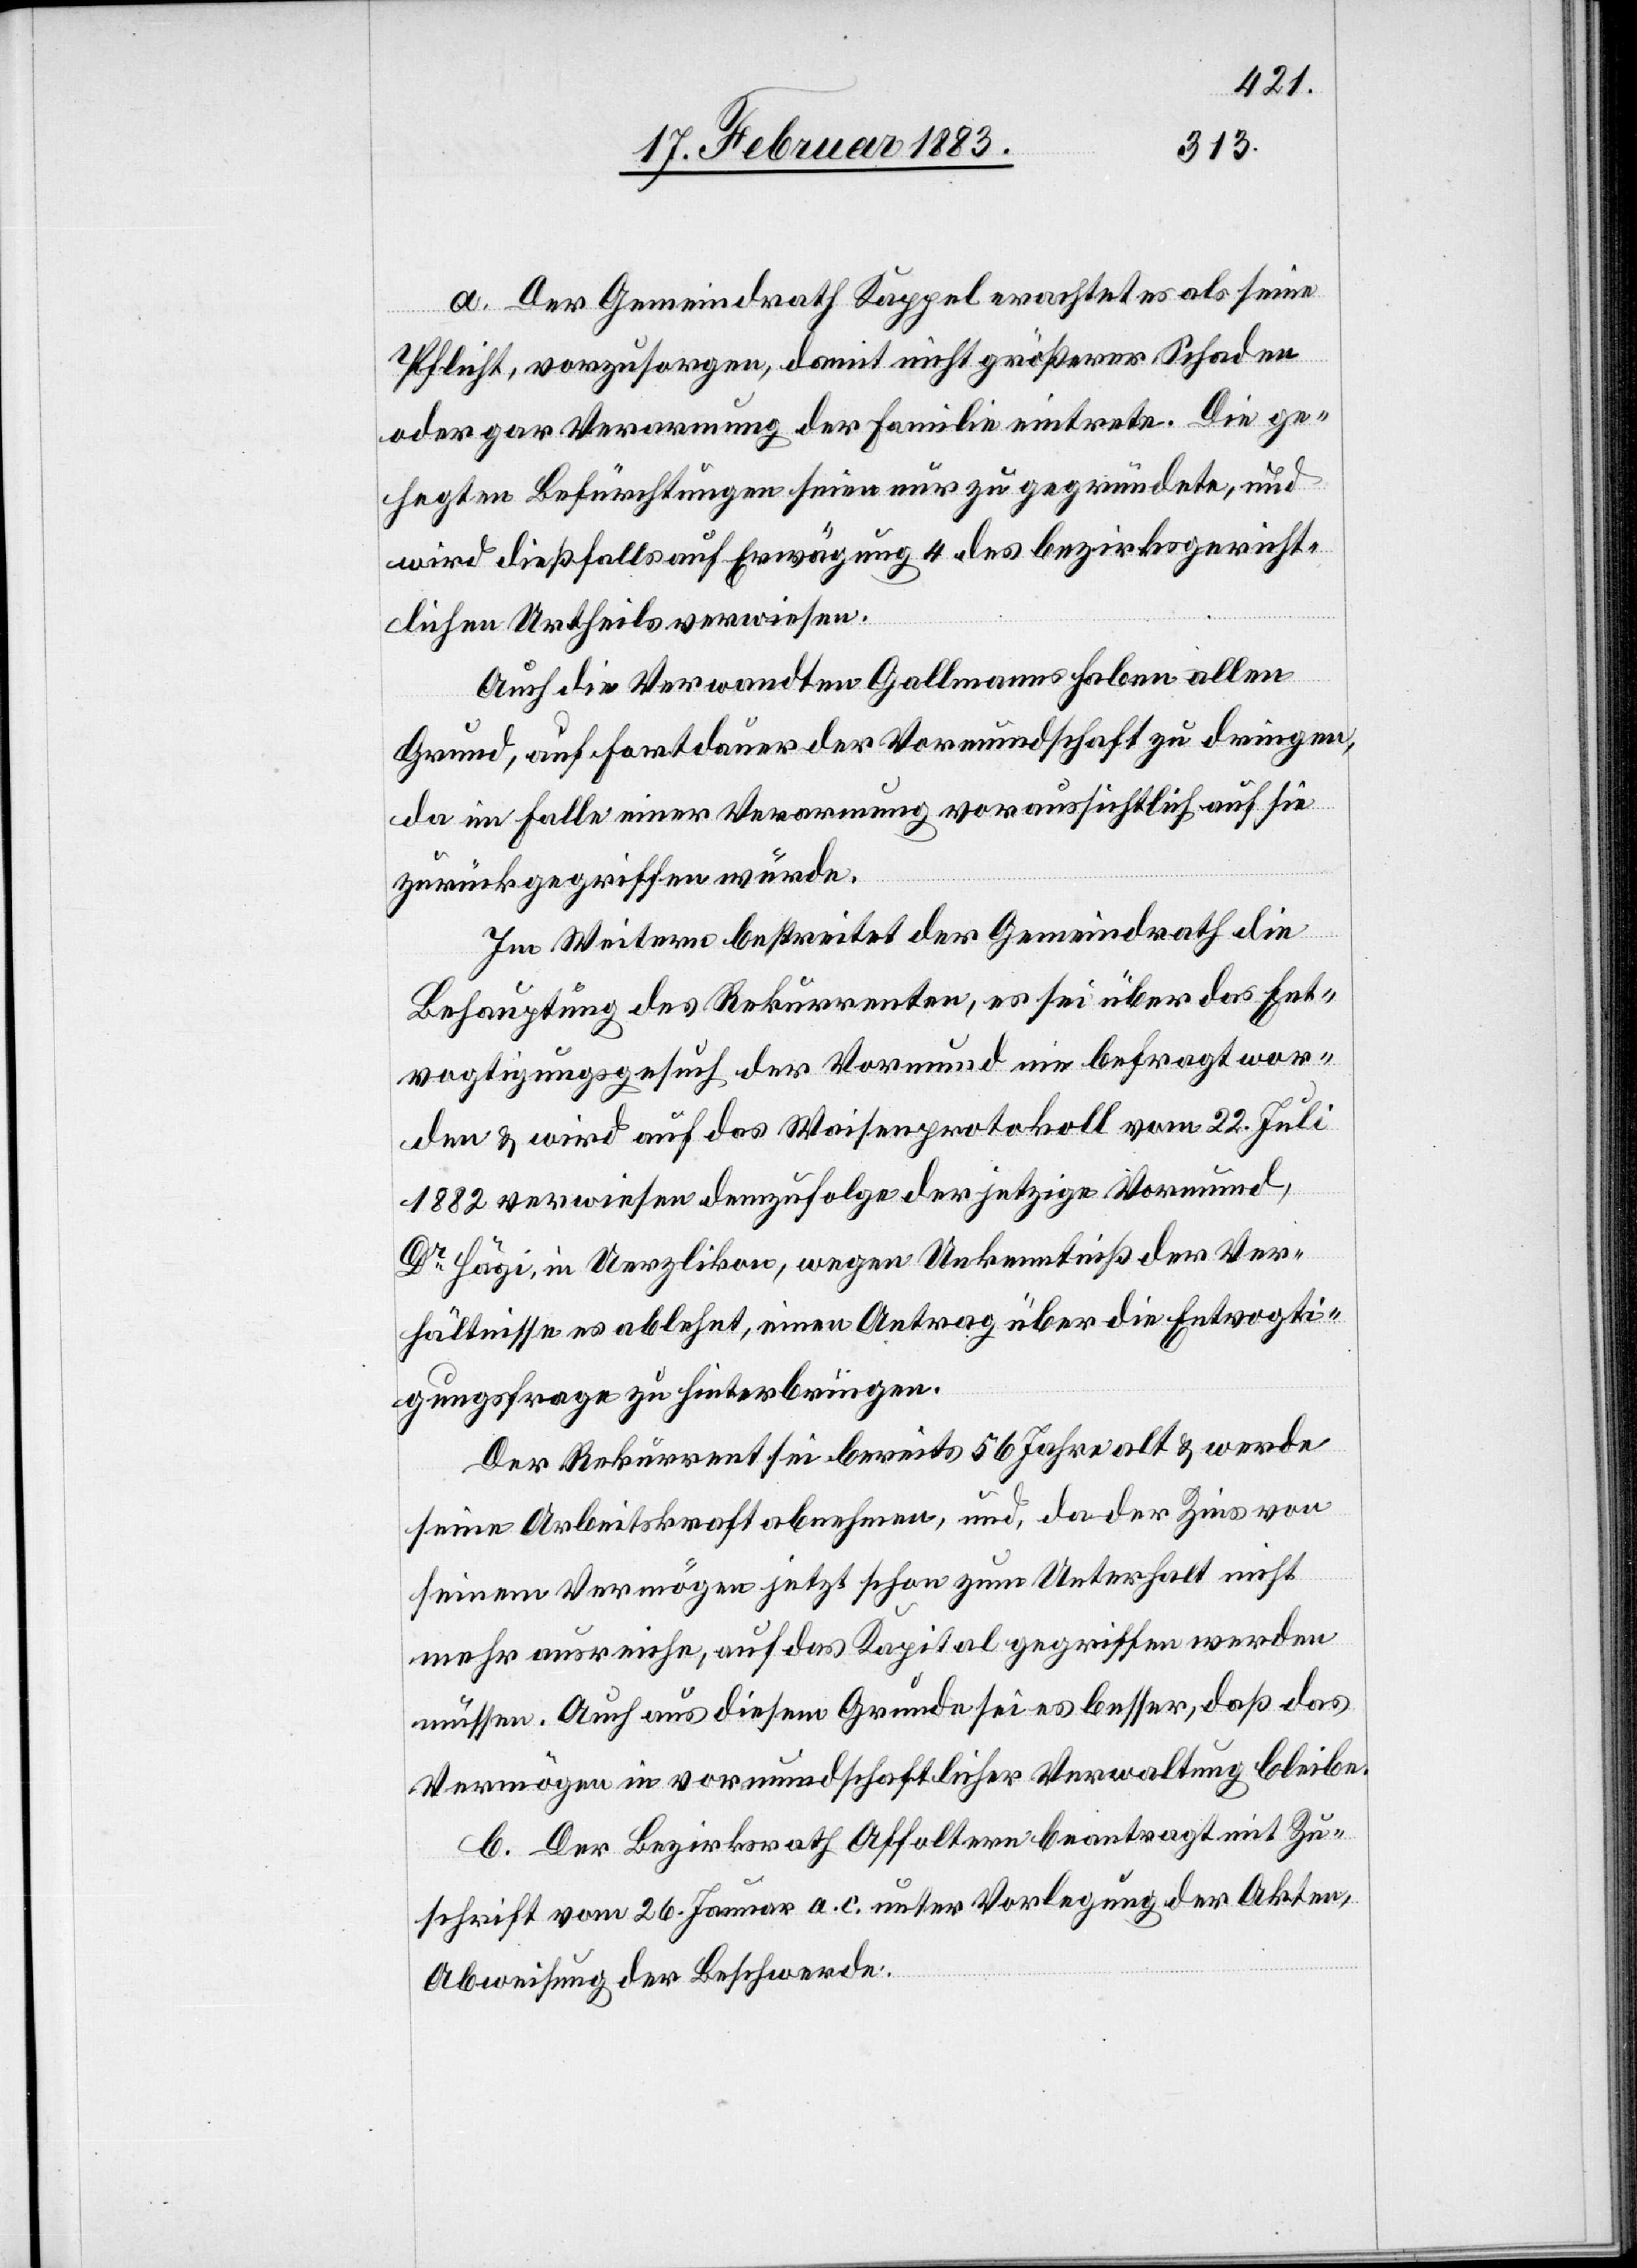
a. Der Gemeindrath Kappel erachtet es als seine
Pflicht, vorzusorgen, damit nicht größerer Schaden
oder gar Verarmung der Familie eintrete. Die ge¬
hegten Befürchtungen seien nur zu gegründete, und
wird dießfalls auf Erwägung 4 des bezirksgericht¬
lichen Urtheils verwiesen.
Auch die Verwandten Gallmanns haben allen
Grund, auf Fortdauer der Vormundschaft zu dringen,
da im Falle einer Verarmung voraussichtlich auf sie
zurückgegriffen würde.
Im Weitern bestreitet der Gemeindrath die
Behauptung des Rekurrenten, es sei über das Ent¬
vogtigungsgesuch der Vormund nie befragt wor¬
den & wird auf das Waisenprotokoll vom 22. Juli
1882 verwiesen demzufolge der jetzige Vormund,
Dr Hägi, in Uerzlikon, wegen Unkenntniß der Ver¬
hältnisse es ablehnt, einen Antrag über die Entvogti¬
gungsfrage zu hinterbringen.
Der Rekurrent sei bereits 56 Jahre alt & werde
seine Arbeitskraft abnehmen, und, da der Zins von
seinem Vermögen jetzt schon zum Unterhalt nicht
mehr ausreiche, auf das Kapital gegriffen werden
müssen. Auch aus diesem Grunde sei es besser, daß das
Vermögen in vormundschaftlicher Verwaltung bleibe.
b. Der Bezirksrath Affoltern beantragt mit Zu¬
schrift vom 26. Januar a. c. unter Vorlegung der Akten,
Abweisung der Beschwerde.